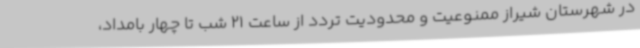
در شهرستان شیراز ممنوعیت و محدودیت تردد از ساعت 21 شب تا چهار بامداد،